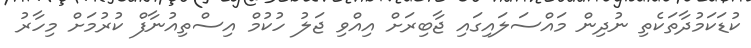
ކުޑަކަމުދާތަކެތި ނުދިން މައްސަލައިގައި ޖާބިރަށް އިއްވި ޖަލު ހުކުމް އިސްތިއުނާފް ކުރުމަށް މިހާރު